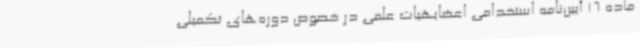
ماده 16 آیین‌نامه استخدامی اعضایهیات علمی در خصوص دوره‌های تکمیلی